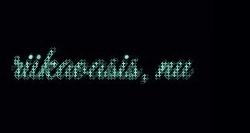
riikaoasis, nu